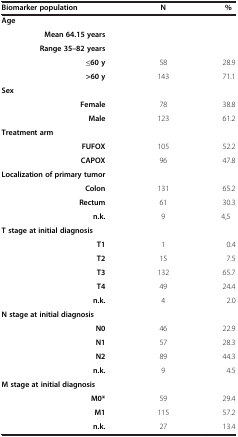
| Biomarker population | N | % |
 | --- | --- | --- |
 | Age |  |  |
 | Mean 64.15 years |  |  |
 | Range 35–82 years |  |  |
 | ≤60 y | 58 | 28.9 |
 | >60 y | 143 | 71.1 |
 | Sex |  |  |
 | Female | 78 | 38.8 |
 | Male | 123 | 61.2 |
 | Treatment arm |  |  |
 | FUFOX | 105 | 52.2 |
 | CAPOX | 96 | 47.8 |
 | Localization of primary tumor |  |  |
 | Colon | 131 | 65.2 |
 | Rectum | 61 | 30.3 |
 | n.k. | 9 | 4,5 |
 | T stage at initial diagnosis |  |  |
 | T1 | 1 | 0.4 |
 | T2 | 15 | 7.5 |
 | T3 | 132 | 65.7 |
 | T4 | 49 | 24.4 |
 | n.k. | 4 | 2.0 |
 | N stage at initial diagnosis |  |  |
 | N0 | 46 | 22.9 |
 | N1 | 57 | 28.3 |
 | N2 | 89 | 44.3 |
 | n.k. | 9 | 4.5 |
 | M stage at initial diagnosis |  |  |
 | M0* | 59 | 29.4 |
 | M1 | 115 | 57.2 |
 | n.k. | 27 | 13.4 |